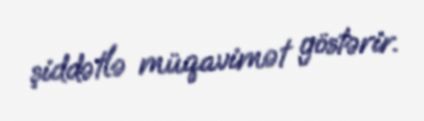
şiddətlə müqavimət göstərir.